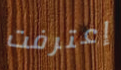
إعترفت